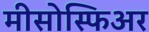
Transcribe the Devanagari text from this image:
मीसोस्फिअर